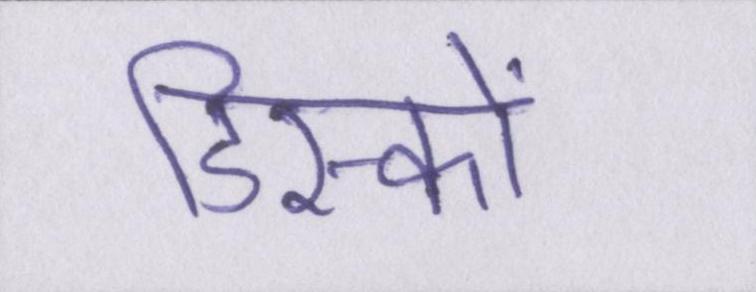
डिस्कों